Report on the treatment of epidemic cholera: from information collected by the governments of Bengal, Madras, Bombay, N.W. Provinces, Punjab, Oudh, and Central India, by order of the Government of India
Disease focus: Cholera
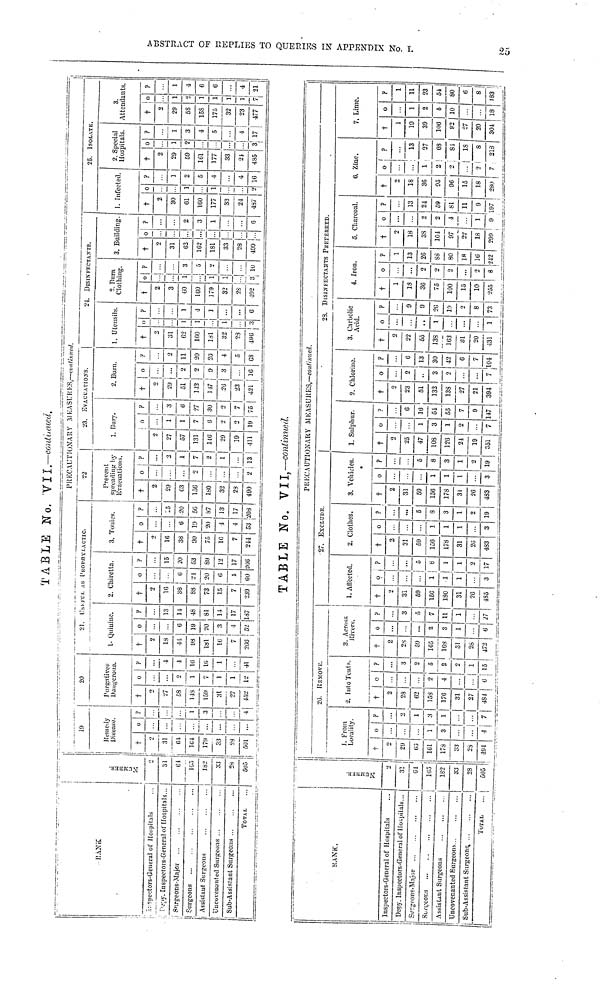
ABSTRACT OF R
TABLE No. VII.—continued.
P.ANK
?spectors-General
of Hospitals
?.
Inspectors-General of Hospitals...
Surgeons-Major
Surgeons
| Assistant Surgeons
Uncovenanted Surgeons
Sub-Assistant Surgeons
TOTAL.
Number.
2
31
61
165
182
28
505
10
Remedy
Disease.
†
2
31
04
161
179
33
23
501
o
...
...
...
?
1
3
20
Purgatives
Daugerous.
†
3
27
53
118
159
31
27
452
o
..
...
2
1
7
1
1
12
y
...
1
1
16
16
1
41
21. USFFUL AS PROPHXLACTO.
1. Quinine.
†
2
13
44
98
181
16
7
o
...
6
19
20
3
4
?
...
13
1-1
48
81
14
17
187
2. Chiretta.
†
2
16
38
88
73
15
7
239
o
0
21
20
6
4
60
?
15
¿0
53
89
12
17
206
3. Tonics.
†
2
10
38
00
75
16
7
244
o
...
6
19
'20
4
4
53
?
15
20
56
87
13
17
208
PRECAUTIONARY MEASURES,—continved.
22
Prevent
spreading by
Evacuations.
†
2
29
63
136
180
32
28
490
o
...
...
2
.
2
?
...
3
1
7
...
13
23. EVACUATIONS.
1. Bury.
2
27
57
131
MO
29
19
411
o
1
1
7
0
2
3
19
?
3
0
'27
30
2
75
2. Burn.
†
2
29
51
1-13
1,7
26
23
421
•
9
16
?
2
11
20
20
4
5
68
24. DlSINFECTANTS.
1. Utensils.
†
2
31
62
160
181
32
28
496
o
1
1
1
3
?
1
4
1
...
...
6
2. Burn
Clothing.
†
2
3
60
160
179
32
23
102
o
1
...
1
1
3
?
3
5
2
10
3. Building.
†
2
31
63
1G2
181
33
28
490
o
...
?
...
...
2
3
1
...
0
I. Infected.
†
2
30
61
160
177
33
24
437
o
1
1
2
?
1
2
5
4
...
4
16
25. ISOLATE
2. Special
Hospitals.
†
2
29
59
161
177
33
24
485
o
1
2
...
3
?
1
3
4
5
...
4
17
3.
Attendants.
†
2
29
58
158
175
32
23
477
o
1
2
1
1
1
1
7
?
1
4
6
6
...
4
21
TABLE No. VII, —continued.
RANK.
Inspectors-General of Hospitals
Depy. Inspectors-General of Hospitals...
Surgeons-Major
Surgeons
Assistant Surgeons
Uncovenanted Surgeons
Sub-Assistant Surgeons
TOTAL
NUMBER
2
31
64
163
182
33
28
505
PRECAUTIONARY MEASURES,—continued.
26.
REMOVE.
J. From
Locality.
†
2
29
63
161
173
33
29
494
o
...
1
3
...
...
4
?
...
2
1
3
1
...
2. Into Tents.
†
2
28
62
153
170
31
27
481
o
2
4
...
...
6
?
...
3
2
5
2
2
1
15
3. Across
Hivers.
†
2
2S
59
165
168
31
28
472
o
...
...
...
2
3
1
6
?
...
3
5
7
11
1
27
27. EXCLUDR.
1. Affected.
†
2
31
59
150
180
31
26
485
o
1
1
1
3
?
...
5
8
1
1
2
17
2. Clothes.
†
2
31
59
156
178
31
26
483
o
...
1
1
1
3
?
...
5
8
3
1
2
19
3. Vehicles.
†
2
31
59
156
178
31
26
483
o
1
1
1
3
?
5
8
3
1
2
19
1. Sulphur.
†
3
25
47
108
126
24
19
351
o
...
1
3
1
2
7
?
6
16
54
55
7
9
147
-
2. Chlorino.
†
2
23
51
133
138
27
21
394
o
...
2
..
2
...
...
7
?
...
6
13
30
42
6
7
104
23. DISINFECTANTS PREFERRED.
3. Carbolic
Avid.
†
2
22
55
138
163
31
20
431
o
...
..
1
...
1
9
9
26
10
2
8
73
4. Iron.
†
1
18
36
75
100
15
10
255
o
...
2
2
2
...
2
8
?
1
13
26
88
80
18
16
212
5. Charcoal.
†
2
18
38
104
97
22
18
290
o
...
2
2
4
1
9
?
13
24
59
81
11
9
197
6. Zinc.
†
2
18
36
95
96
15
18
280
o
...
1
2
3
...
2
7
?
...
13
27
68
81
18
8
213
7. Lime.
†
1
10
39
106
92
27
20
304
O
1
2
5
10
18
?
1
11
23
54
80
6
8
183